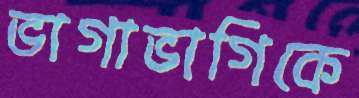
ভাগাভাগিকে